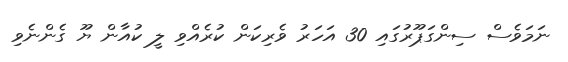
ނަމަވެސް ސިންގަޕޫރުގައި 30 އަހަރު ވެރިކަން ކުރެއްވި ލީ ކުއާން ޔޫ ގެންނެވި